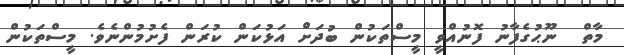
މާތް  ނޫޙުގެފާނު ފޮނުއްވީ މީސްތަކުން ބުދަށް އަޅުކަން ކުރަން ފެށުމުންނެވެ. މީސްތަކުން